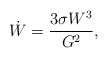
LaTeX: \begin{align*}\dot{W} = \frac{3 \sigma W^3}{G^2},\end{align*}